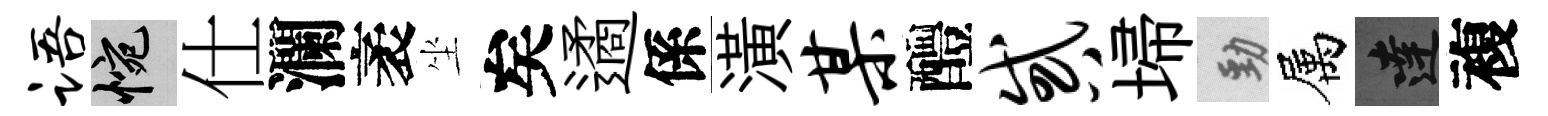
语惋仕瀾袤坐矣遹係潢某醴惑埽勁属達複